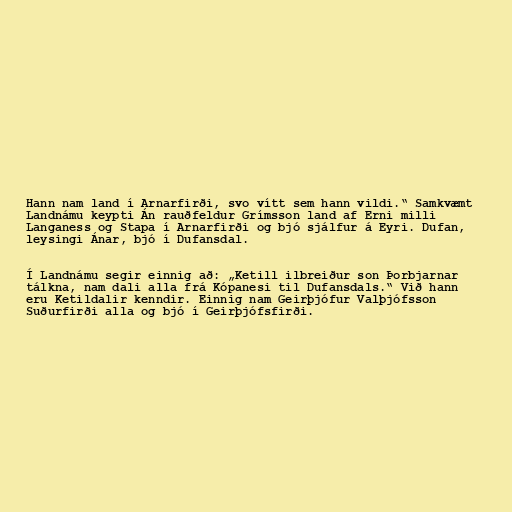
Hann nam land í Arnarfirði, svo vítt sem hann vildi.“ Samkvæmt
Landnámu keypti Án rauðfeldur Grímsson land af Erni milli
Langaness og Stapa í Arnarfirði og bjó sjálfur á Eyri. Dufan,
leysingi Ánar, bjó í Dufansdal.

Í Landnámu segir einnig að: „Ketill ilbreiður son Þorbjarnar
tálkna, nam dali alla frá Kópanesi til Dufansdals.“ Við hann
eru Ketildalir kenndir. Einnig nam Geirþjófur Valþjófsson
Suðurfirði alla og bjó í Geirþjófsfirði.